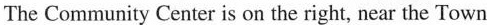
The Community Center is on the right, near the Town